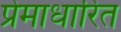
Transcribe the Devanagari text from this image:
प्रेमाधारित